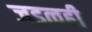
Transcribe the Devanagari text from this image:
जडत्वही